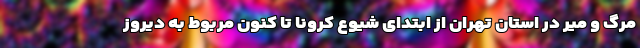
مرگ و میر در استان تهران از ابتدای شیوع کرونا تا کنون مربوط به دیروز